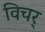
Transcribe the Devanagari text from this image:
विचर्